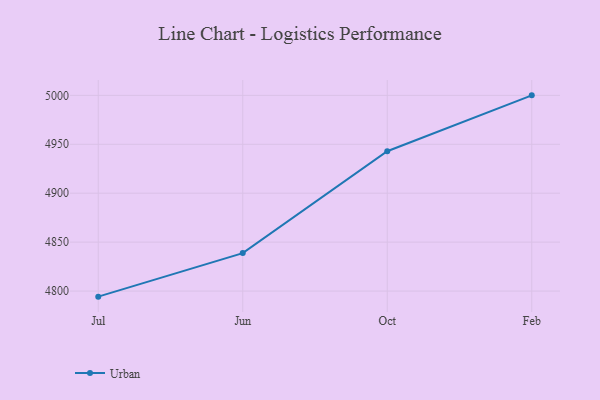
{"axis": {"x": "Month", "y": "Production Output"}, "legend": ["Urban"], "data": [{"x": "Jul", "y": 4794.3, "type": "Urban"}, {"x": "Jun", "y": 4838.8, "type": "Urban"}, {"x": "Oct", "y": 4942.9, "type": "Urban"}, {"x": "Feb", "y": 5000, "type": "Urban"}]}